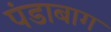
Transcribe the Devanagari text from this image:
पंडाबाग